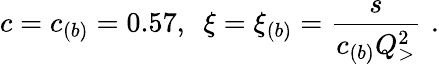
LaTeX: c=c_{(b)}=0.57,\, \, \, \xi=\xi_{(b)}={\frac{s}{c_{(b)}Q_{>}^{2}}}\, \, .